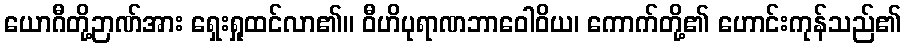
ယောဂီတို့ဉာဏ်အား ရှေးရှုထင်လာ၏။ ဝီဟိပုရာဏဘာဝေါဝိယ၊ ကောက်တို့၏ ဟောင်းကုန်သည်၏